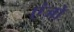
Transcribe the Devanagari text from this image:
एंजो